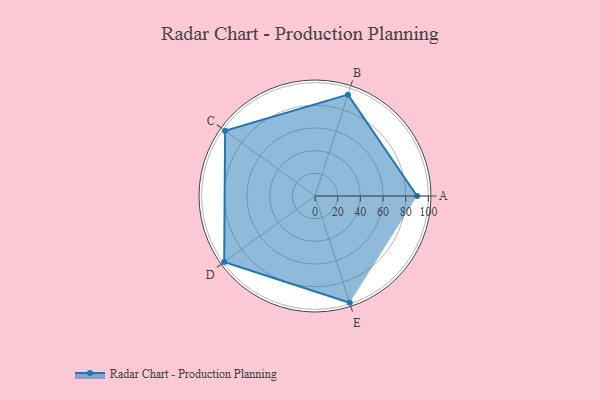
{"axis": {"x": "Skill", "y": "Score"}, "legend": ["Profile"], "data": [{"x": "A", "y": 90.0, "type": "Profile"}, {"x": "B", "y": 94.0, "type": "Profile"}, {"x": "C", "y": 98.0, "type": "Profile"}, {"x": "D", "y": 99, "type": "Profile"}, {"x": "E", "y": 99, "type": "Profile"}]}